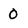
Character: 0